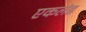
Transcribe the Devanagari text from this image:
एकलंड